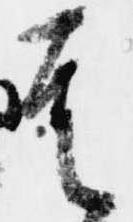
其